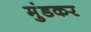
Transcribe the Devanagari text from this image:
मुंडकर